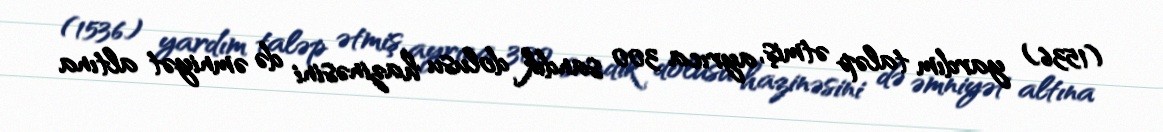
(1536) yardım taləp ətmiş, ayrıca 300 sandık dolusu hazinəsini də əmniyət altına